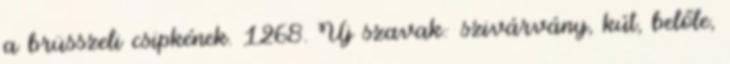
a brüsszeli csipkének. 1268. Új szavak: szivárvány, kút, belőle,